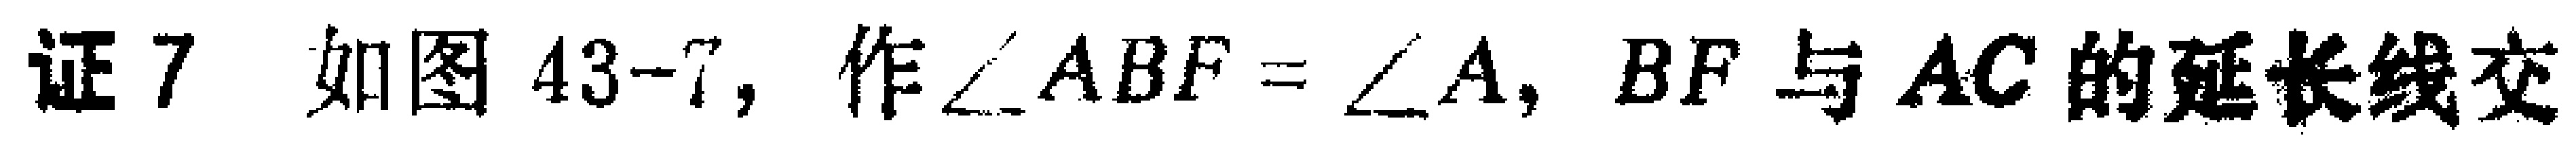
证7 如图43-7，作$\angle ABF = \angle A$，$BF$与$AC$的延长线交